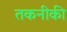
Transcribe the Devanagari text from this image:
तकनीकी